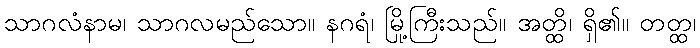
သာဂလံနာမ၊ သာဂလမည်သော။ နဂရံ၊ မြို့ကြီးသည်။ အတ္ထိ၊ ရှိ၏။ တတ္ထ၊